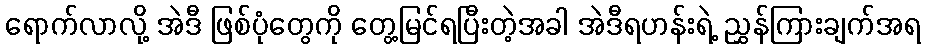
ရောက်လာလို့ အဲဒီ ဖြစ်ပုံတွေကို တွေ့မြင်ရပြီးတဲ့အခါ အဲဒီရဟန်းရဲ့ ညွှန်ကြားချက်အရ